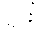
ရုန်း